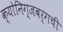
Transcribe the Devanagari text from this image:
क्योनिग्जबर्गची